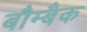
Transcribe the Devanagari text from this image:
बौम्बैक